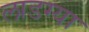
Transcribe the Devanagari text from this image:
लाडग्या